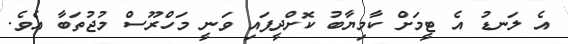
އެ ލަނޑު އެ ޓީމަށް ކާމިޔާބު ކޮށްދީފައި ވަނީ މަހްރޫސް މުޖުތަބާ އެވެ.